Vaccination in Burma 1920-1933 - 1920-1933
Year: 1920
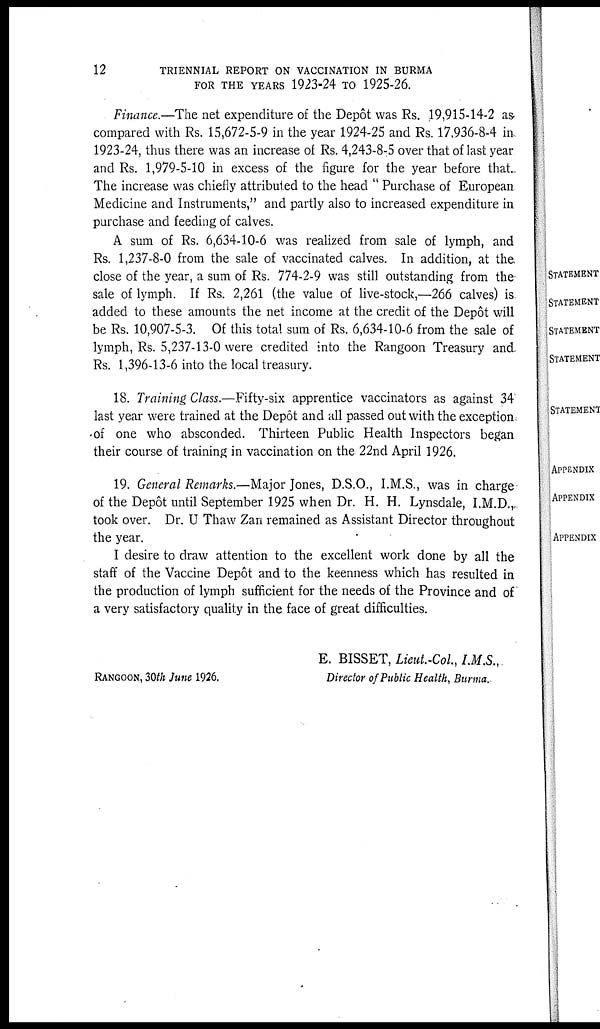
12
TRIENNIAL REPORT ON VACCINATION IN BURMA
FOR THE YEARS 1923-24 TO 1925-26.
Finance.—The net expenditure of the Depôt was Rs. 19,915-14-2 as
compared with Rs. 15,672-5-9 in the year 1924-25 and Rs. 17,936-8-4 in
1923-24, thus there was an increase of Rs. 4,243-8-5 over that of last year
and Rs. 1,979-5-10 in excess of the figure for the year before that.
The increase was chiefly attributed to the head " Purchase of European
Medicine and Instruments," and partly also to increased expenditure in
purchase and feeding of calves.
A sum of Rs. 6,634-10-6 was realized from sale of lymph, and
Rs. 1,237-8-0 from the sale of vaccinated calves. In addition, at the
close of the year, a sum of Rs. 774-2-9 was still outstanding from the
sale of lymph. If Rs. 2,261 (the value of live-stock,—266 calves) is.
added to these amounts the net income at the credit of the Depôt will
be Rs. 10,907-5-3. Of this total sum of Rs. 6,634-10-6 from the sale of
lymph, Rs. 5,237-13-0 were credited into the Rangoon Treasury and.
Rs. 1,396-13-6 into the local treasury.
18. Training Class.—Fifty-six apprentice vaccinators as against 34
last year were trained at the Depôt and all passed out with the exception.
of one who absconded. Thirteen Public Health Inspectors began
their course of training in vaccination on the 22nd April 1926.
19. General Remarks.—Major Jones, D.S.O., I.M.S., was in charge
of the Depôt until September 1925 when Dr. H. H. Lynsdale, I.M.D.,
took over. Dr. U Thaw Zan remained as Assistant Director throughout
the year.
I desire to draw attention to the excellent work done by all the
staff of the Vaccine Depôt and to the keenness which has resulted in
the production of lymph sufficient for the needs of the Province and of
a very satisfactory quality in the face of great difficulties.
E. BISSET, Lieut.-Col., I.M.S.,
Director of Public Health, Burma.
Rangoon, 30th June 1926.